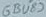
Text: 6BU87